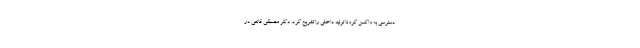
دسترسی به واکسن کرونا تولید داخلی را تشریح کرد. دکتر مصطفی قانعی در